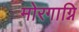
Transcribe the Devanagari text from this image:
मोरगाग्नि